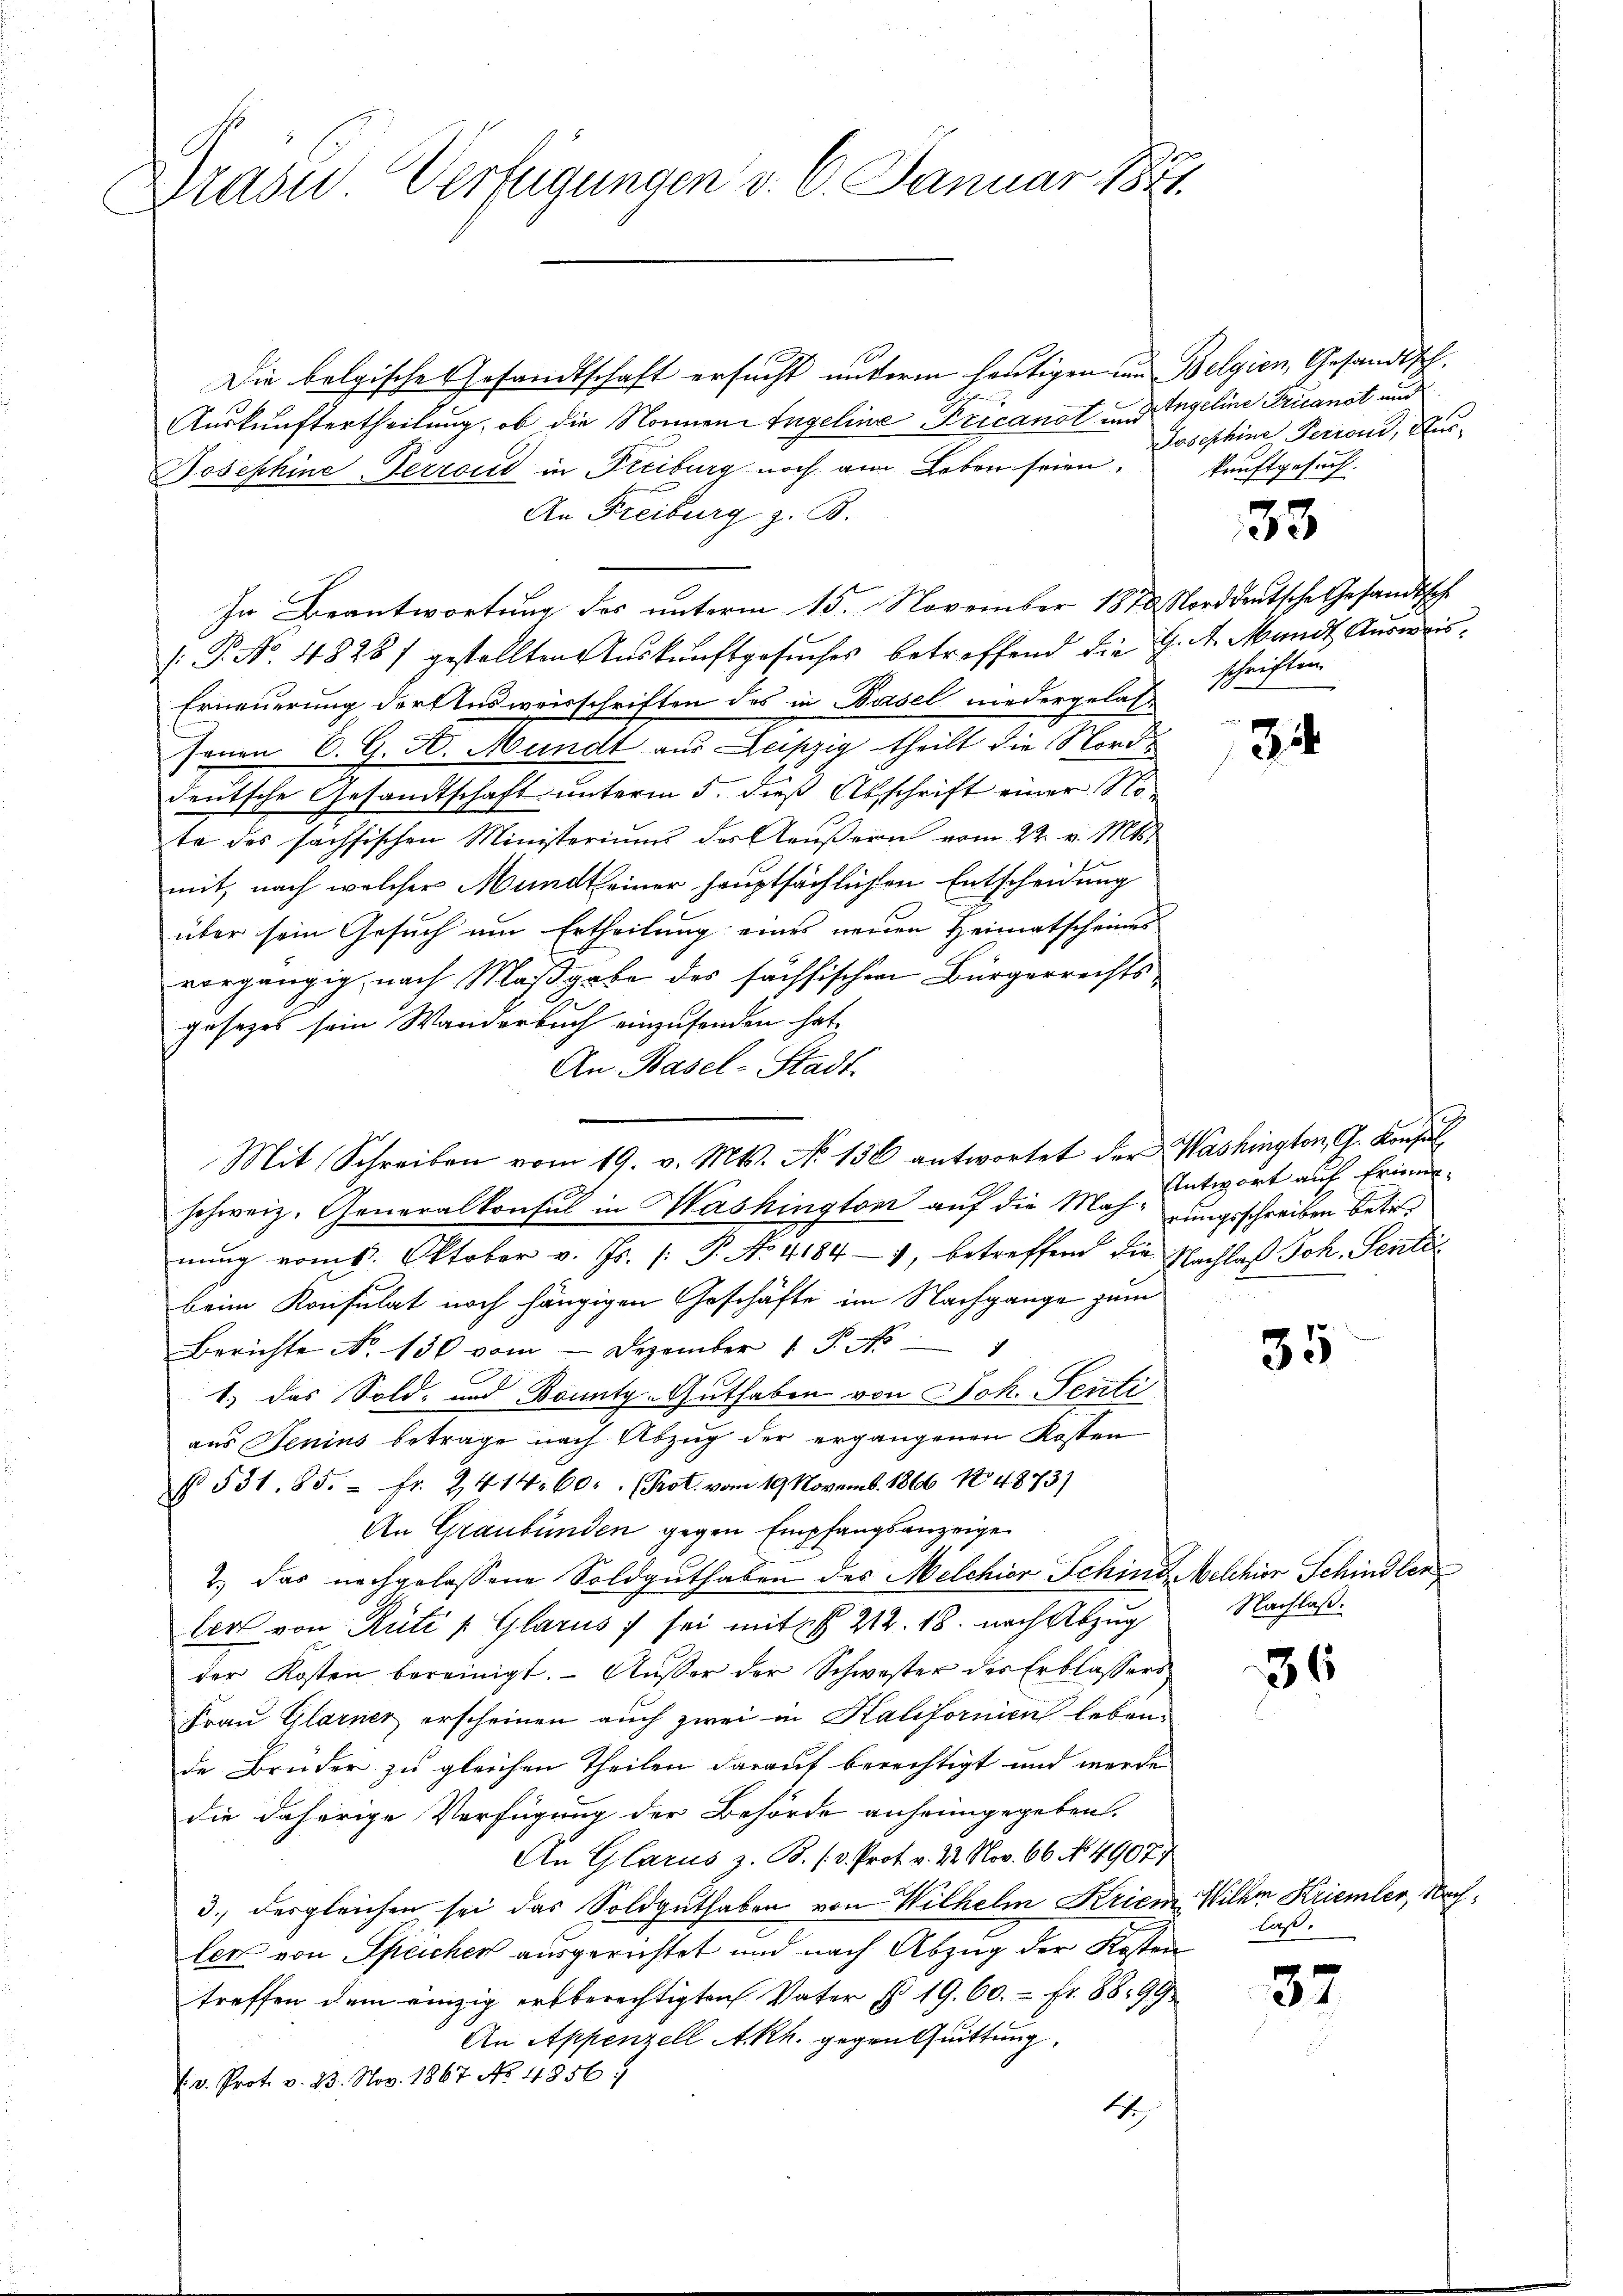
Drasu Verfügungen v. 6. Januar 1871

Die belgische Gesandtschaft ersucht unterm heutigen im Belgien, Gesandtsch.
Auskunftertheilung, ob die Nonnen Engeline Precanot und Ingeline Trianot und
Josephine Terrond in Freiburg noch am Leben seien.
An Freiburg z. B.
In Beantwortung des unterm 15. November 1870 Norddeutsche Gesandtsch
(: P. No. 48281 gestellten Auskunftgesuches betreffend die G. 4. Mandt, Ausweis
Erneuerung der Ausweisschriften des in Basel niedergelas¬
Jenen E. G. A. Mundt aus Leipzig theilt die Norddeutsche Gesandtschaft unterm 5. dieß Abschrift einer Note des sachsischen Ministeriums der Aaŭβern vom 22. v. Mts.
mit, nach welcher Mundt einer hauptsächlichen Entscheidung
über sein Gesuch um Ertheilung eines neuen Heimatscheines
vorgängig, nach Maßgabe des sächsischen Bürgerrechtsgesetzes sein Wanderbuch einzufonden hat,
An Basel-Stadt-

nung vom 6. Oktober v. Js. [: P. No. 41844, betreffend die Nachlaß Joh. Sentibeim Konsulat noch hängigen Geschäfte im Nachgange zum
Berichte No. 150 vom Dezember 1 S. No 4
1.) Das Sold- und Bounty-Guthaben von Joh. Senti
aus Senius betrage nach Abzug der ergangenen Kosten
§ 531. 85. fr. 2414. 60. (Prot. vom 19. Novemb. 1866 n 4873)
An Graubünden gegen Empfangsanzeigen
2.) Das nachgelassene Soldguthaben des Melchior Sching, Melchior Schindler
ler von Rüti u. Glarus sei mit § 212. 18. nach Abzug
der Kosten bereinigt. Aŭβer der Schwester der Erblassers
Frau Glarner, erscheinen auch zwei in Kalifornien lebene
de Bruder zu gleichen Theilen darauf berechtigt und werde
die daherige Verfügung der Behörde anheimgegeben.
An Glarus z. B. (v. Prof. v. 22. Nov. 66. No. 4907)
3. desgleichen sei das Soldguthaben von Wilhelm Krien
ler von Speicher ausgerichtet und nach Abzug der Kosten
treffen dem einzig erbberechtigten Vater No 19. 60. - Fr. 8899
An Appenzell A.Rh. gegen Quittung
. v. Prot. v. 23. Nov. 1867 No 4856.
1

Mit Schreiben vom 19. v. Mts. No 136 antwortet der Washington, C. Konsul
schweiz. Generalkonsul in Washington auf die Mahnungsschreiben betr.

Josephine Ferron, Auskunftgesuch.

33

schriften.

2
34

Antwort auf Erinne,

35

Nachlaß.

36

Wilhen Kriemler, Man
laß.

37